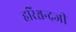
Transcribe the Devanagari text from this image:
हरिश्चन्द्रजी